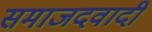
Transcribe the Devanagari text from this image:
समाजदवादी